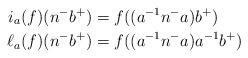
LaTeX: \begin{align*}i_a (f) (n^- b^+) & = f((a^{-1}n^- a)b^+)\\\ell_a (f) (n^- b^+ ) & = f((a^{-1}n^- a) a^{-1}b^+)\end{align*}